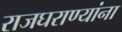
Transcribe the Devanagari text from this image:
राजघराण्यांना